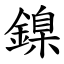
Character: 鎳